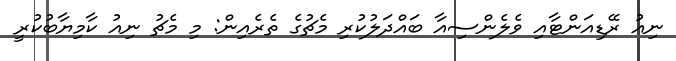
ނިއު ރޭޑިއަންޓާއި ވެލެންސިއާ ބައްދަލުކުރި މެޗުގެ ތެރެއިން: މި މެޗު ނިއު ކާމިޔާބުކުރީ